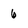
Character: 6